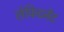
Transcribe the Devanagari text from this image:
लेफिटनेंट